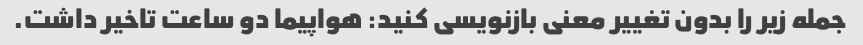
جمله زیر را بدون تغییر معنی بازنویسی کنید: هواپیما دو ساعت تاخیر داشت.